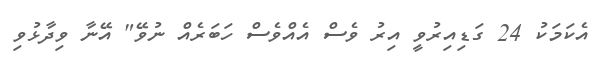
އެކަމަކު 24 ގަޑިއިރުވީ އިރު ވެސް އެއްވެސް ހަބަރެއް ނުވޭ" އޭނާ ވިދާޅުވި